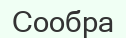
Сообра